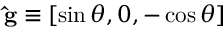
{ \bf \hat { g } } \equiv [ \sin \theta , 0 , - \cos \theta ]